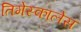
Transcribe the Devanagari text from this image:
तिमेस्कालेस